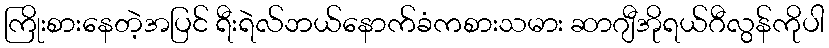
ကြိုးစားနေတဲ့အပြင် ရီးရဲလ်ဘယ်နောက်ခံကစားသမား ဆာဂျီအိုရယ်ဂီလွန်ကိုပါ